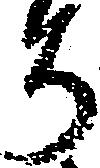
ち